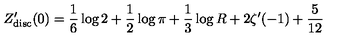
Z _ { \mathrm { d i s c } } ^ { \prime } ( 0 ) = { \frac { 1 } { 6 } } \log 2 + { \frac { 1 } { 2 } } \log \pi + { \frac { 1 } { 3 } } \log R + 2 \zeta ^ { \prime } ( - 1 ) + { \frac { 5 } { 1 2 } }